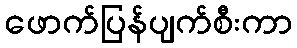
ဖောက်ပြန်ပျက်စီးကာ